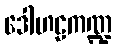
ဒေါဟဠကဏ္ဍ